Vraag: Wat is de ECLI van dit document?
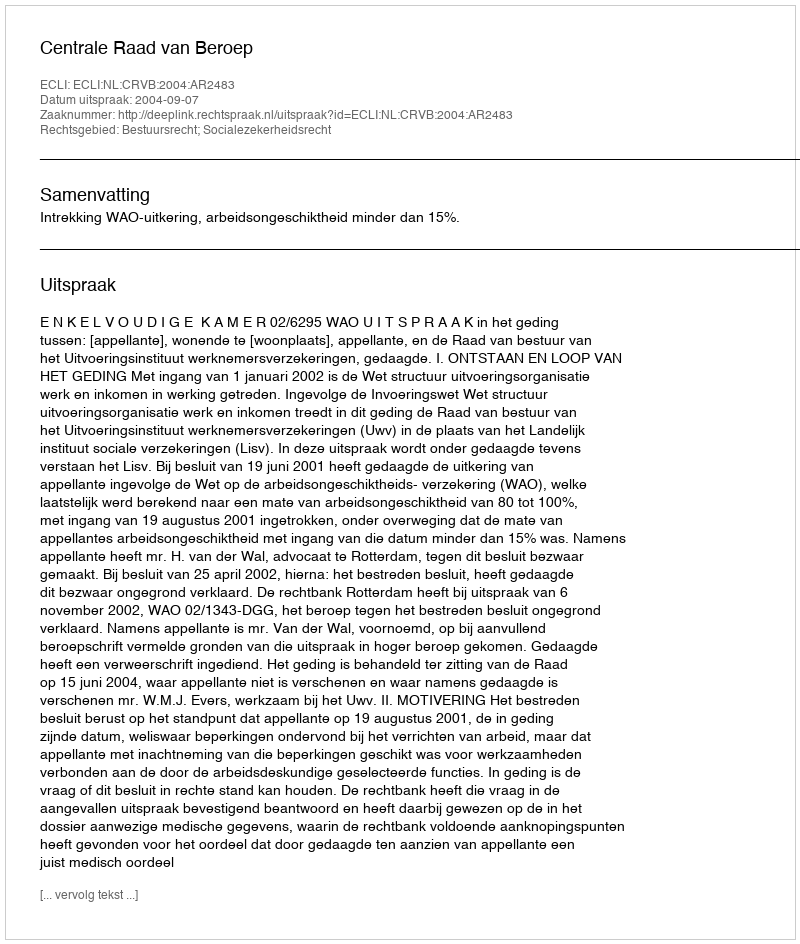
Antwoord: ECLI:NL:CRVB:2004:AR2483